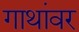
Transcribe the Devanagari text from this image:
गाथांवर